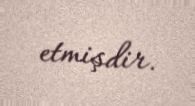
etmişdir.